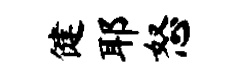
健耶怒